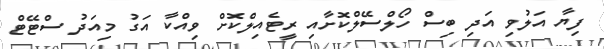
ފިޔާ އަލުވި އަދި ބިސް ހޯލްސޭލްކޮށާއި ރީޓެއިލްކޮށް ވިއްކާ އަގު މިއަދު ސްޓޭޓް